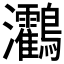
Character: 𪈯